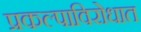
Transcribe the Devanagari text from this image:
प्रकल्पाविरोधात